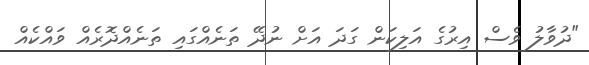
"ދުވާލު ވެސް އިރުގެ އަލިކަން ގަދަ އަށް ނުދޭ ތަނެއްގައި ތަނެއްދޮރެއް ވައްކެއް